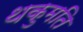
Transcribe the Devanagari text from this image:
थकुमति